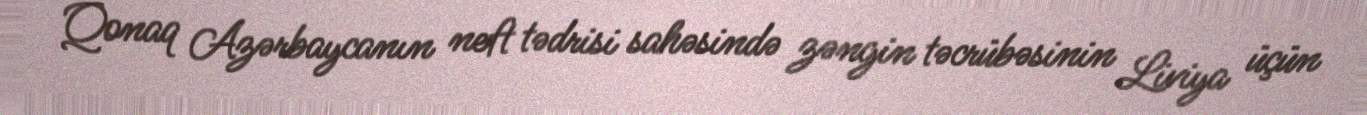
Qonaq Azərbaycanın neft tədrisi sahəsində zəngin təcrübəsinin Liviya üçün